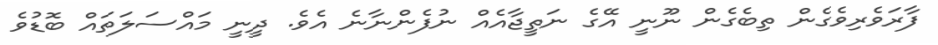
ފާރަވެރިވެގެން ތިބެގެން ނޫނީ އޭގެ ނަތީޖާއެއް ނުފެންނާނެ އެވެ. ދީނީ މައްސަލަތައް ބޮޑުވެ